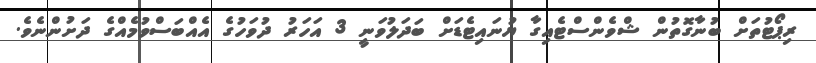
ރިޕޯޓުތަށް ބުނާގޮތުން ޝްވެންސްޓެއިގާ ޔުނައިޓެޑަށް ބަދަލުވަނީ 3 އަހަރު ދުވަހުގެ އެއްބަސްވުމެއްގެ ދަށުންނެވެ.